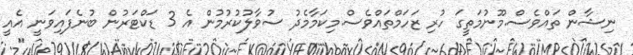
ނިޝާން ތައްވެސް.މޫނުމަތީގަ ހުރި ޒަހަމްތައްވެސް.މިކަމާމެދު ސުވާލުކުރުމުން އެ 3 ޑަކްޓަރުން ބުނެފައިވަނީ އެއީ